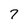
Character: 7